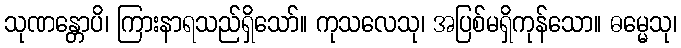
သုဏန္တောပိ၊ ကြားနာရသည်ရှိသော်။ ကုသလေသု၊ အပြစ်မရှိကုန်သော။ ဓမ္မေသု၊